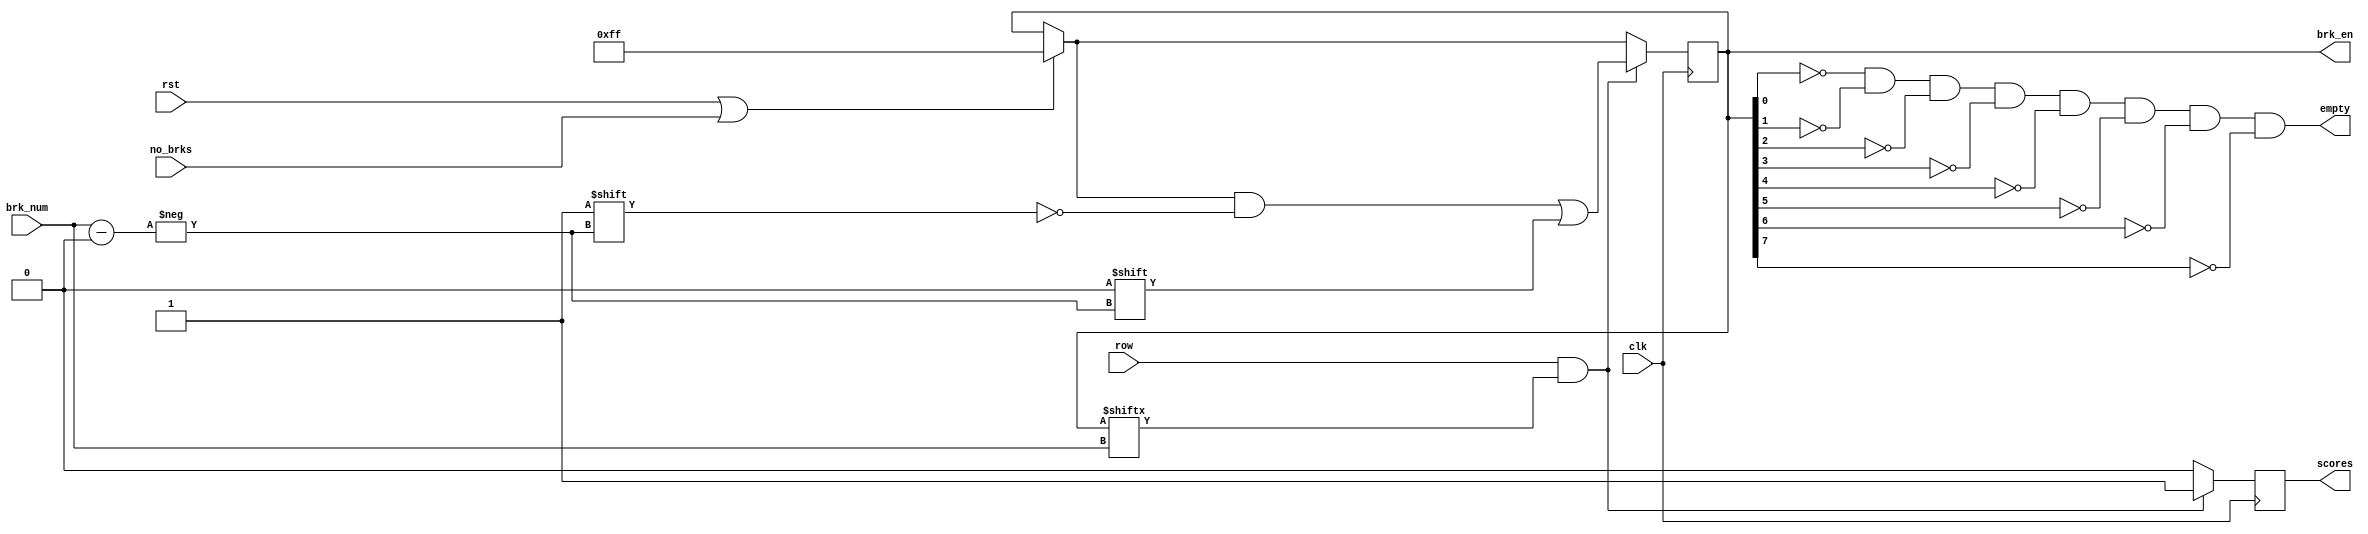
module brk_control_row (
    //outputs
    brk_en, scores, empty, 
    //inputs
    clk, rst, no_brks, brk_num, row );
    
    output [7:0] brk_en;
    output scores;
    output empty;
    
    input clk, rst, no_brks, row;
    input [2:0] brk_num;
    
    reg [7:0] brk_en;
    reg scores;
    
    assign empty = ~brk_en[0] & ~brk_en[1] & ~brk_en[2] & ~brk_en[3] & 
                   ~brk_en[4] & ~brk_en[5] & ~brk_en[6] & ~brk_en[7];
    
    initial
    begin
        brk_en = 8'b11111111;
        scores = 0;
    end
    
    always @ (posedge clk)
    begin
      if (rst | no_brks)
        brk_en <= 8'b11111111;
      if (row & brk_en[brk_num])
      begin
        brk_en[brk_num] <= 0;
        scores <= 1;
      end
      else
        scores <= 0;
    end
endmodule